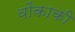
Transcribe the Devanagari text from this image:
वोंकाकी